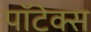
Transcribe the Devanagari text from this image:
पॉटेक्स